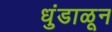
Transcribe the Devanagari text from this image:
धुंडाळून